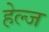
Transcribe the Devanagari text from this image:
हेल्ज